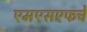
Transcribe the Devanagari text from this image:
एमएसएफचे